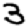
Digit: 3